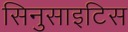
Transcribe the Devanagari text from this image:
सिनुसाइटिस